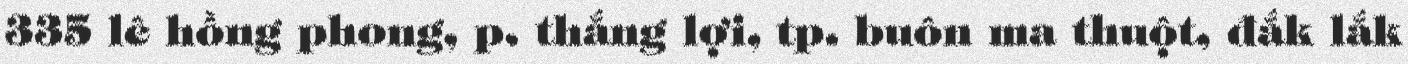
335 lê hồng phong, p. thắng lợi, tp. buôn ma thuột, đắk lắk